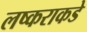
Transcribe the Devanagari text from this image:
लष्कराकडे